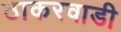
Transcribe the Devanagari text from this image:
ठाकरवाडी